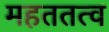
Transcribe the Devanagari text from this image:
महततत्व